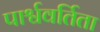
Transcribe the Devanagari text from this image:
पार्श्ववर्तिता